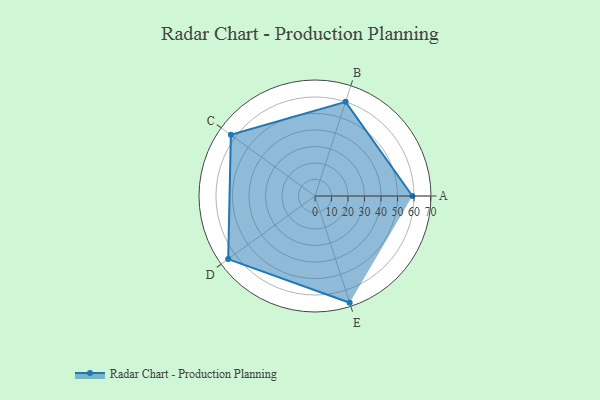
{"axis": {"x": "Skill", "y": "Score"}, "legend": ["Profile"], "data": [{"x": "A", "y": 59.0, "type": "Profile"}, {"x": "B", "y": 60.0, "type": "Profile"}, {"x": "C", "y": 63.0, "type": "Profile"}, {"x": "D", "y": 65.0, "type": "Profile"}, {"x": "E", "y": 68.0, "type": "Profile"}]}